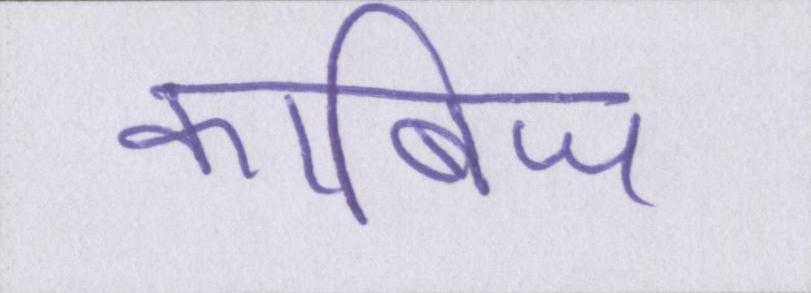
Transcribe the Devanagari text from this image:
काबिज